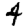
Digit: 4